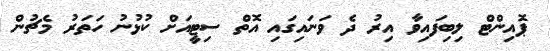
ޕޮއިންޓް ލިބިފައިވާ އިރު ދެ ވަނައިގައި އޮތް ސިޓީއަށް ކުޅުނު ހަތަރު މެޗުން